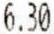
6.30